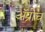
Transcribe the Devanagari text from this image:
अॅप्रोच